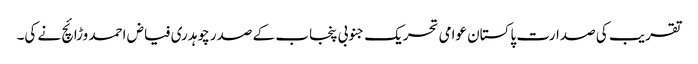
تقریب کی صدارت پاکستان عوامی تحریک جنوبی پنجاب کے صدر چوہدری فیاض احمد وڑائچ نے کی۔